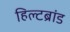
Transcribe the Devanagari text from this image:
हिल्टब्रांड